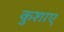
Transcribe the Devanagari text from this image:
कुशाए